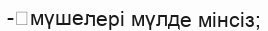
-	мүшелері мүлде мінсіз;